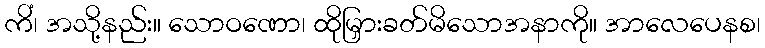
ကိံ၊ အသို့နည်း။ သောဝဏော၊ ထိုမြှားခတ်မိသောအနာကို။ အာလေပေနစ၊